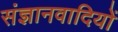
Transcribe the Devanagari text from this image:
संज्ञानवादियों